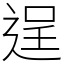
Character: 逞